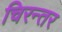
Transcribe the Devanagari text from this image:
चिरन्तर